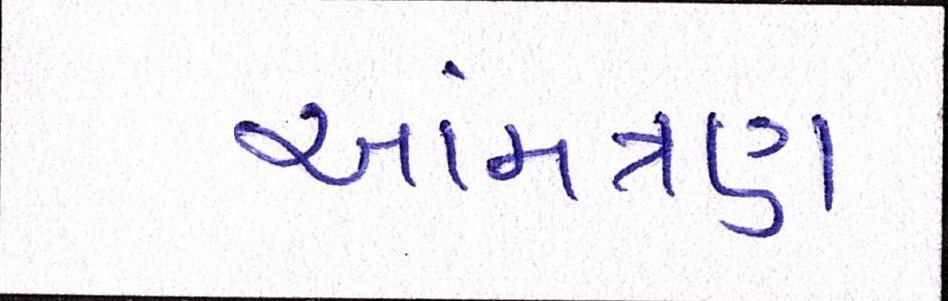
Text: આમંત્રણ